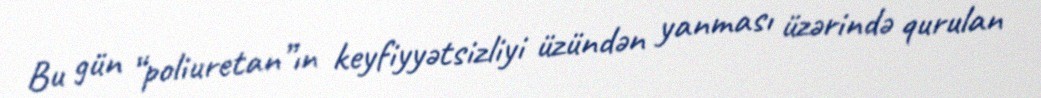
Bu gün “poliuretan”ın keyfiyyətsizliyi üzündən yanması üzərində qurulan